system: You are a helpful assistant.
user:
Analyze the provided spectrum to determine if it is a **S-type Star**.

- **Key Indicators for S-type Star:**

    - **(Overall Spectrum Shape):** The first and most obvious characteristic is the overall continuum (the "baseline" shape). It is **extremely "red-sloping,"** meaning the flux (light intensity) is very low on the left side (blue, ~4000-4500 Å) and rises steeply and continuously toward the right side (red, ~7000 Å+).

    - **(Primary):** The spectrum is defined by the presence of strong, broad molecular absorption "valleys" (bands) from **Zirconium Oxide (ZrO)**. The identification of these bands is the **primary requirement** for classifying a star as S-type.
        - **(Key Bandheads):** You must find distinct, deep "dips" where the light has been absorbed. The most critical band systems to locate are:
            - **~6474 Å** ($\gamma$-system): This is often the strongest and clearest ZrO feature, found in the red part of the spectrum.
            - **~5718 Å** & **~5551 Å** ($\beta$-system): A pair of prominent absorption features in the yellow-orange part of the spectrum.
            - **~4640 Å** ($\alpha$-system): A key absorption band system in the blue-green region of the spectrum.

    - **(Secondary Confirmation):** The classification is strengthened by finding additional absorption bands from other related heavy element oxides, which are expected to be present alongside ZrO.
        - **(Key Bandheads):**
            - **Yttrium Oxide (YO):** Look for absorption dips near **~4800 Å** and **~6100 Å**.
            - **Lanthanum Oxide (LaO):** Additional absorption features, particularly in the red-orange part of the spectrum, are also characteristic.

    - **(Line Profile):** The combination of the steep red continuum and these numerous, deep molecular bands (ZrO, YO, etc.) gives the entire spectrum a very **"chopped-up"** or **"bumpy"** appearance. Instead of a smooth curve, the spectrum looks as though large, wide chunks of light have been "carved out" of it at the specific wavelengths listed above.

Think first, call **spectral_visualization_tool** if needed to examine features in detail, then provide your final answer. Your response must adhere to the following strict rules:
1.  **Overall Structure:** Your response must follow the format `<think>...</think> <tool_call>...</tool_call> (if a tool is used) <answer>...</answer>`.
2.  **Tool Usage Constraint:** You may only make **one** tool call per turn.
3.  **Final Answer Format:** In the `<answer>` tag, your conclusion must be inside a `\boxed{}` command (e.g., `\boxed{YES}` or `\boxed{NO}`), followed by your justification.

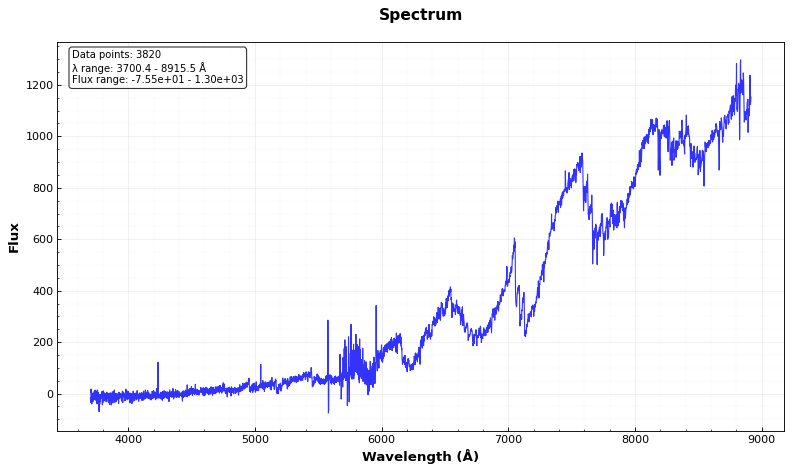
Answer: NO